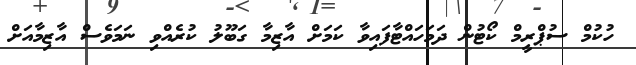
ހުކުމް ސުޕްރީމް ކޯޓުން ދަމަހައްޓާފައިވާ ކަމަށް އާޒިމާ ގަބޫލު ކުރެއްވި ނަމަވެސް އާޒިމާއަށް